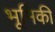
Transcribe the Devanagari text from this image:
भूमिकी